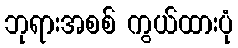
ဘုရားအစစ် ကွယ်ထားပုံ